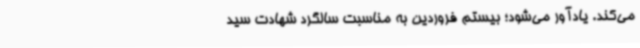
می‌کند. یادآور می‌شود؛ بیستم فروردین‌ به مناسبت سالگرد شهادت سید